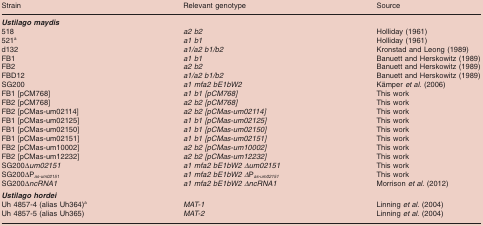
<table><thead><tr><td><b>Strain</b></td><td><b>Relevant genotype</b></td><td><b>Source</b></td></tr></thead><tbody><tr><td><b><i>Ustilago maydis</i></b></td><td></td><td></td></tr><tr><td>518</td><td><i>a2 b2</i></td><td>Holliday (1961)</td></tr><tr><td>521<sup>a</sup></td><td><i>a1 b1</i></td><td>Holliday (1961)</td></tr><tr><td>d132</td><td><i>a1/a2 b1/b2</i></td><td>Kronstad and Leong (1989)</td></tr><tr><td>FB1</td><td><i>a1 b1</i></td><td>Banuett and Herskowitz (1989)</td></tr><tr><td>FB2</td><td><i>a2 b2</i></td><td>Banuett and Herskowitz (1989)</td></tr><tr><td>FBD12</td><td><i>a1/a2 b1/b2</i></td><td>Banuett and Herskowitz (1989)</td></tr><tr><td>SG200</td><td><i>a1 mfa2 bE1bW2</i></td><td>Kämper <i>et al</i>. (2006)</td></tr><tr><td>FB1 [pCM768]</td><td><i>a1 b1 [pCM768]</i></td><td>This work</td></tr><tr><td>FB2 [pCM768]</td><td><i>a2 b2 [pCM768]</i></td><td>This work</td></tr><tr><td>FB2 [pCMas-um02114]</td><td><i>a2 b2 [pCMas-um02114]</i></td><td>This work</td></tr><tr><td>FB1 [pCMas-um02125]</td><td><i>a1 b1 [pCMas-um02125]</i></td><td>This work</td></tr><tr><td>FB1 [pCMas-um02150]</td><td><i>a1 b1 [pCMas-um02150]</i></td><td>This work</td></tr><tr><td>FB1 [pCMas-um02151]</td><td><i>a1 b1 [pCMas-um02151]</i></td><td>This work</td></tr><tr><td>FB2 [pCMas-um10002]</td><td><i>a2 b2 [pCMas-um10002]</i></td><td>This work</td></tr><tr><td>FB2 [pCMas-um12232]</td><td><i>a2 b2 [pCMas-um12232]</i></td><td>This work</td></tr><tr><td>SG200Δ<i>um02151</i></td><td><i>a1 mfa2 bE1bW2 Δum02151</i></td><td>This work</td></tr><tr><td>SG200ΔP<i><sub>as-um02151</sub></i></td><td><i>a1 mfa2 bE1bW2 Δ</i>P<i><sub>as-um02151</sub></i></td><td>This work</td></tr><tr><td>SG200Δ<i>ncRNA1</i></td><td><i>a1 mfa2 bE1bW2 ΔncRNA1</i></td><td>Morrison <i>et al</i>. (2012)</td></tr><tr><td><b><i>Ustilago hordei</i></b></td><td></td><td></td></tr><tr><td>Uh 4857-4 (alias Uh364)<sup>a</sup></td><td><i>MAT-1</i></td><td>Linning <i>et al</i>. (2004)</td></tr><tr><td>Uh 4857-5 (alias Uh365)</td><td><i>MAT-2</i></td><td>Linning <i>et al</i>. (2004)</td></tr></tbody></table>